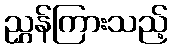
ညွှန်ကြားသည့်